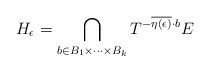
\begin{align*}H_\epsilon=\bigcap_{b \in B_1 \times \cdots \times B_k}T^{-\overline{\eta(\epsilon)}\cdot b} E\end{align*}